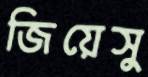
জিয়েসু